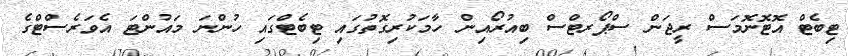
ޓިބެޓް އޮޓޮނޮމަސް ރީޖަން ސްޕޯރޓްސް ބިއުރޯއިން ހާމަކުރިގޮތުގައި ޓިބެޓްގައި ހުންނަ މައުންޓަ އެވަރެސްޓްގެ